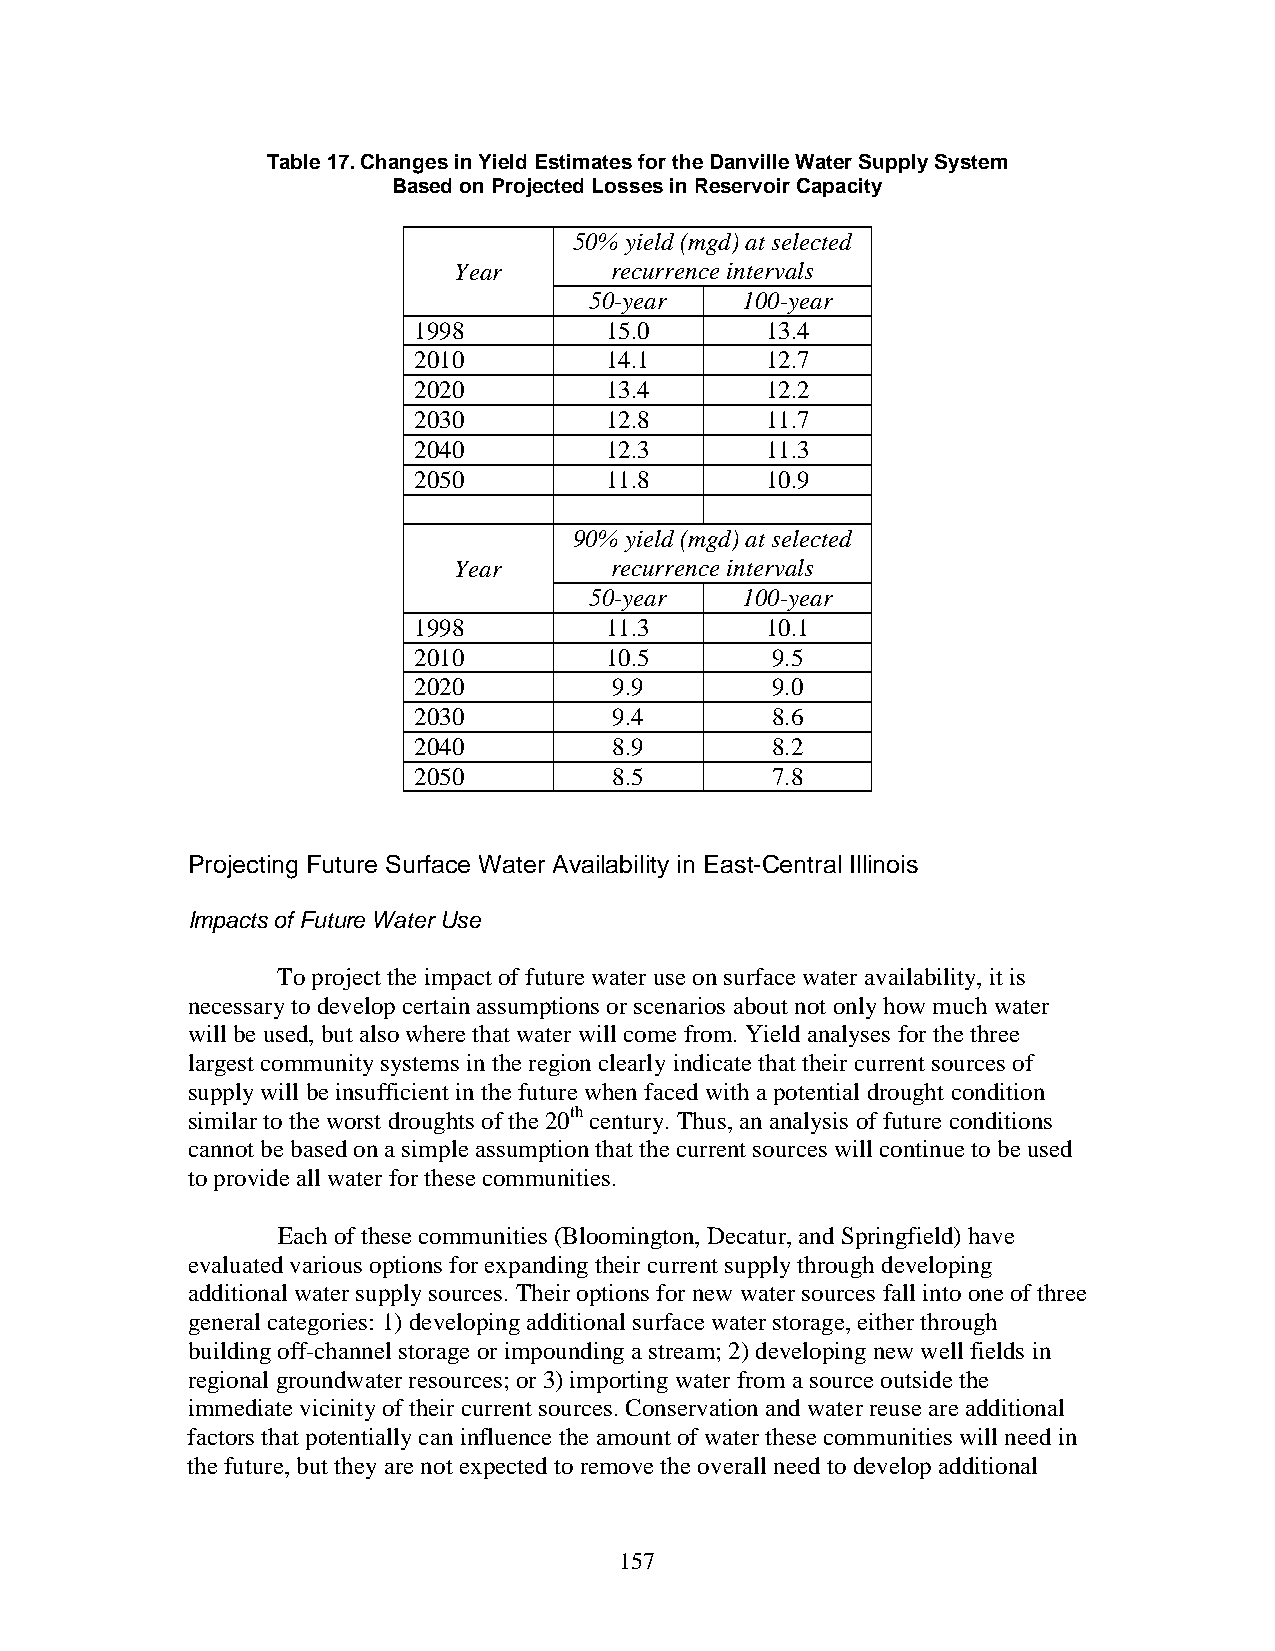
Table 17. Changes in Yield Estimates for the Danville Water Supply System
 Based on Projected Losses in Reservoir Capacity
 50% yield (mgd) at selected
 Year      recurrence intervals
 50-year   100-year
 1998         15.0       13.4
 2010         14.1       12.7
 2020         13.4       12.2
 2030         12.8       11.7
 2040         12.3       11.3
 2050         11.8       10.9
 90% yield (mgd) at selected
 Year      recurrence intervals
 50-year   100-year
 1998         11.3       10.1
 2010         10.5       9.5
 2020          9.9       9.0
 2030          9.4       8.6
 2040          8.9       8.2
 2050          8.5       7.8
 Projecting Future Surface Water Availability in East-Central Illinois
 Impacts of Future Water Use
 To project the impact of future water use on surface water availability, it is
 necessary to develop certain assumptions or scenarios about not only how much water
 will be used, but also where that water will come from. Yield analyses for the three
 largest community systems in the region clearly indicate that their current sources of
 supply will be insufficient in the future when faced with a potential drought condition
 similar to the worst droughts of the 20th century. Thus, an analysis of future conditions
 cannot be based on a simple assumption that the current sources will continue to be used
 to provide all water for these communities.
 Each of these communities (Bloomington, Decatur, and Springfield) have
 evaluated various options for expanding their current supply through developing
 additional water supply sources. Their options for new water sources fall into one of three
 general categories: 1) developing additional surface water storage, either through
 building off-channel storage or impounding a stream; 2) developing new well fields in
 regional groundwater resources; or 3) importing water from a source outside the
 immediate vicinity of their current sources. Conservation and water reuse are additional
 factors that potentially can influence the amount of water these communities will need in
 the future, but they are not expected to remove the overall need to develop additional
 157